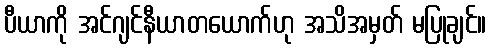
ပီယာကို အင်ဂျင်နီယာတယောက်ဟု အသိအမှတ် မပြုချင်။